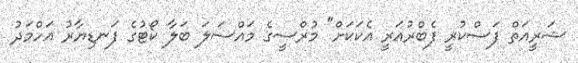
ޝަރީއަތް ފަސްކުރީ ފެބްރުއަރީ އެކަކަށް" މުރްސީގެ މައްސަލަ ބަލާ ކޯޓުގެ ފަނޑިޔާރު އަހްމަދު